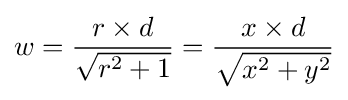
w={\frac {r\times d}{\sqrt {{r^{2}}+1}}}={\frac {x\times d}{\sqrt {x^{2}+y^{2}}}}